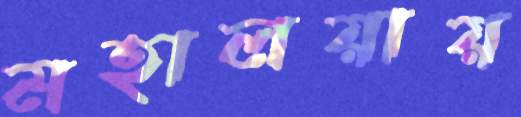
মহালয়ায়